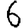
Digit: 6